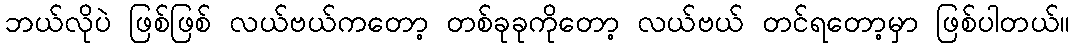
ဘယ်လိုပဲ ဖြစ်ဖြစ် လယ်ဗယ်ကတော့ တစ်ခုခုကိုတော့ လယ်ဗယ် တင်ရတော့မှာ ဖြစ်ပါတယ်။